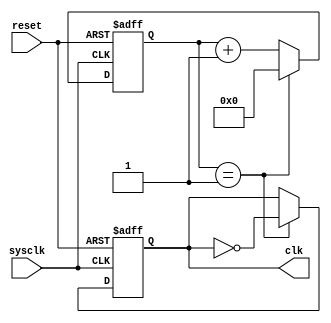
module freq_division(sysclk, reset, clk);
  input sysclk, reset;
  output reg clk;
  reg [26:0] counter;

initial begin
  counter <= 0;
  clk <= 0;
end

  always @(posedge sysclk or negedge reset)
  begin
    if (~reset)
      begin
        counter <= 0;
        clk <= 0;
      end
    else
      begin
        if (counter == 2 - 1)
        begin
          counter <= 0;
          clk <= ~clk;
        end
        else counter <= counter + 1;
      end
  end
endmodule